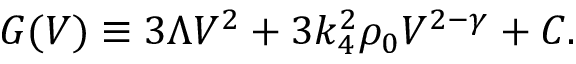
G ( V ) \equiv 3 \Lambda V ^ { 2 } + 3 k _ { 4 } ^ { 2 } \rho _ { 0 } V ^ { 2 - \gamma } + C .